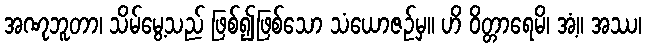
အဏုဘူတာ၊ သိမ်မွေ့သည် ဖြစ်၍ဖြစ်သော သံယောဇဉ်မှ။ ဟိ ဝိတ္တာရေမိ၊ အံ့။ အဿ၊